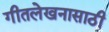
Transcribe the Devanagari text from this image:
गीतलेखनासाठी